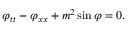
\, \varphi _ { t t } - \varphi _ { x x } + m ^ { 2 } \sin \varphi = 0 .